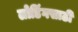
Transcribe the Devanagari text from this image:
लोडिंगसाठी